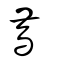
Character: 廌